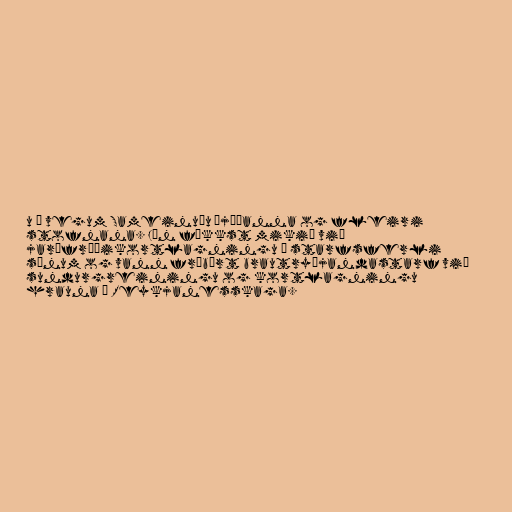
u á vegum Sameinuðu þjóðanna og fleiri
stofnana. Jón fékkst mikið við
jarðfræðikortlagningu á starfsferli
sínum og vann frábært brautryðjandastarf við
sundurgreiningu og kortlagningu
hrauna á Reykjanesskaga.